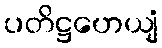
ပတိဋ္ဌဟေယျံ